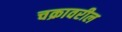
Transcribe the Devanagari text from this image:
चक्रावरील